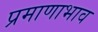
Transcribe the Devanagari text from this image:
प्रमाणाभाव